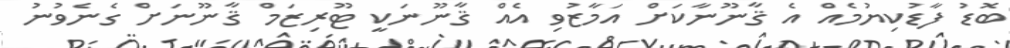
ބޮޑު ފާޑުކިޔުމެއް އެ ޤާނޫނާކަށް އަމާޒުވި އެއް ޤާނޫނަކީ ޓޫރިޒަމް ޤާނޫނަށް ގެނެވުނު